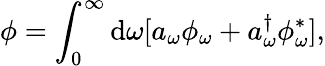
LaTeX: \phi=\int_{0}^{\infty}\mathrm{d}\omega[a_{\omega}\phi_{\omega}+a_{\omega}^{\dagger}\phi_{\omega}^{\ast}],